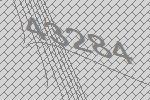
43284